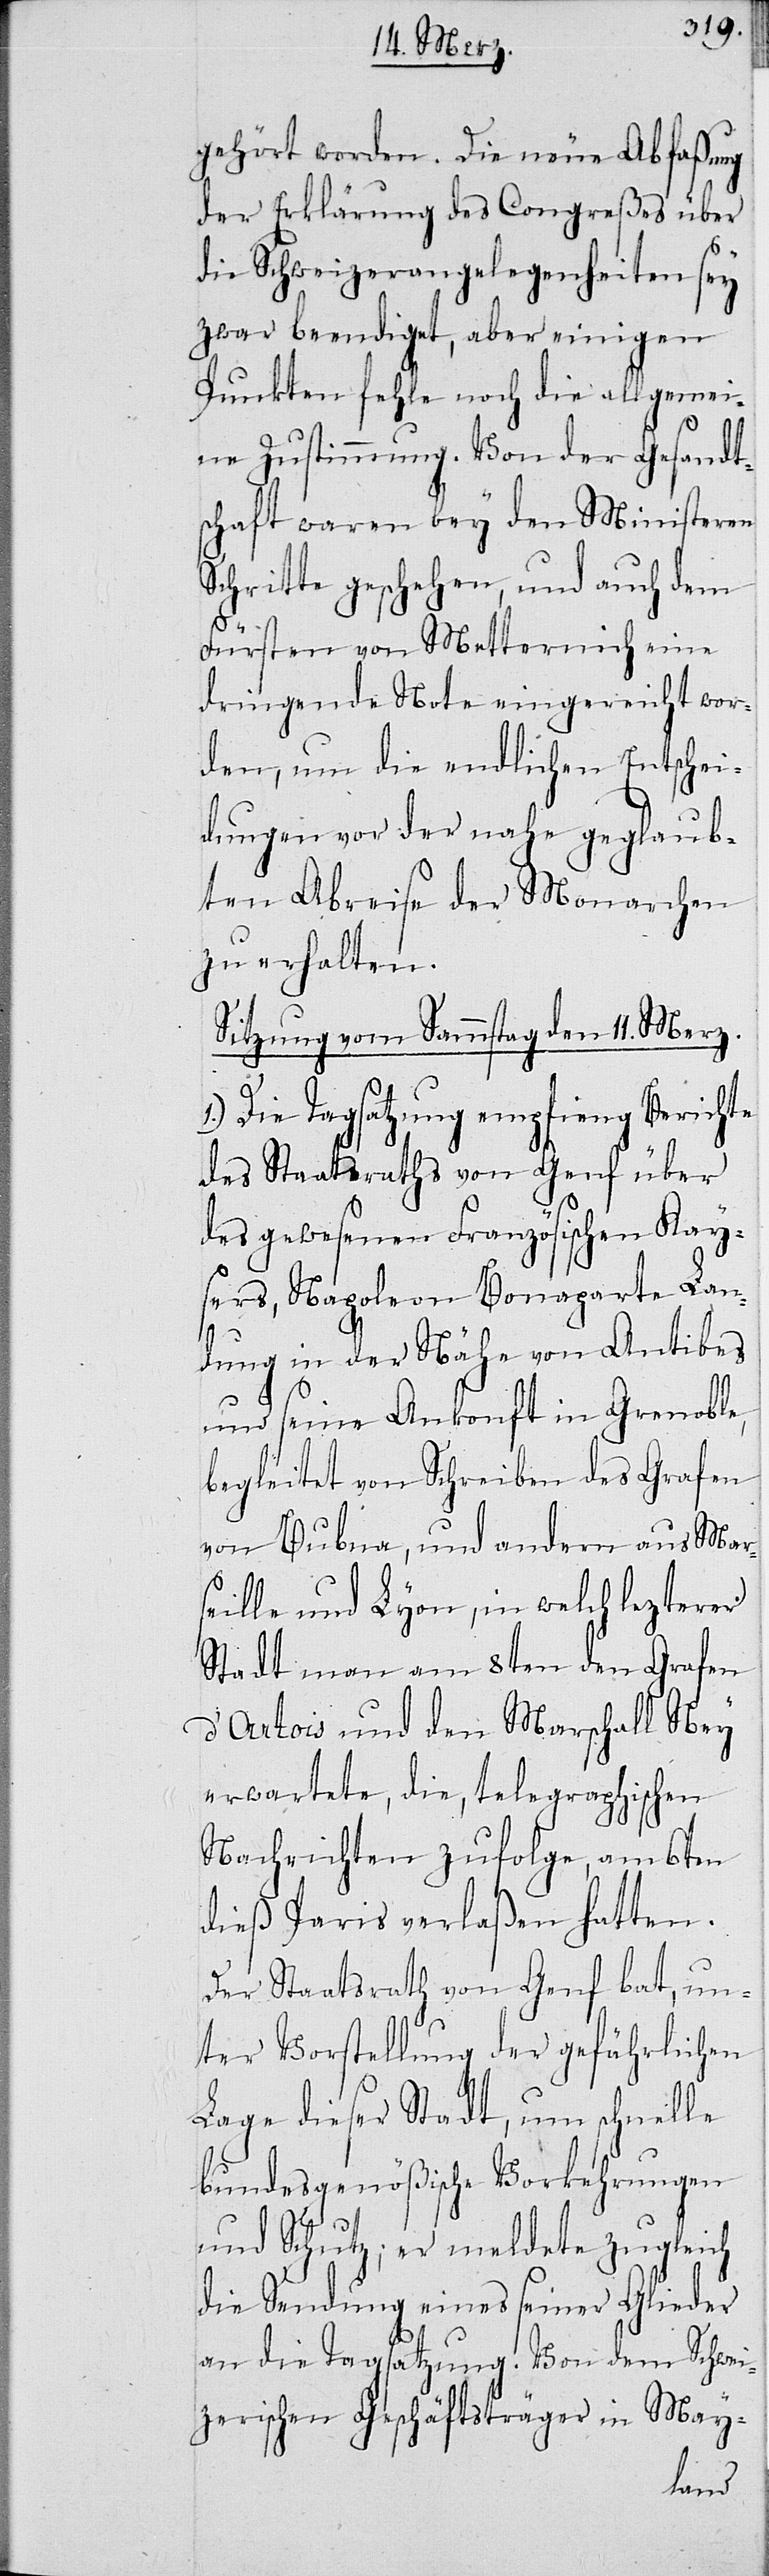
gehört worden. Die neue Abfaßung
der Erklärung des Congreßes über
die Schweizerangelegenheiten sey
zwar beendiget, aber einigen
Punkten fehle noch die allgemei¬
ne Zustimmung. Von der Gesandt¬
schaft waren bey den Ministeren
Schritte geschehen, und auch dem
Fürsten von Metternich eine
dringende Note eingereicht wor¬
den, um die endlichen Entschei¬
dungen vor der nahe geglaub¬
ten Abreise der Monarchen
zu erhalten.
Sitzung vom Sammstag den 11. Merz.
Die Tagsatzung empfieng Berichte
des Staatsrathes von Genf über
des gewesenen Französichen Kay¬
sers, Napoleon Bonaparte Lan¬
dung in der Nähe von Antibes
und seine Ankonft in Grenoble,
begleitet von Schreiben des Grafen
von Bubna, und andern aus Mar¬
seille und Lyon, in welch lezterer
Stadt man am 8ten den Grafen
d’Artois und den Marschall Ney
erwartete, die, telegraphischen
Nachrichten zufolge, am 6ten
dieß Paris verlaßen hatten.
Der Staatsrath von Genf bat, un¬
ter Vorstellung der gefährlichen
Lage dieser Stadt, um schnelle
bundesgenößische Vorkehrungen
und Schutz; er meldete zugleich
die Sendung eines seiner Glieder
an die Tagsatzung. Von dem Schwei¬
zerischen Geschäftsträger in May-